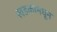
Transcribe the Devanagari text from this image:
खडकामधून